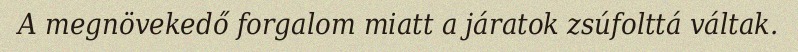
A megnövekedő forgalom miatt a járatok zsúfolttá váltak.